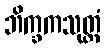
ဘိက္ခကသုတ္တံ